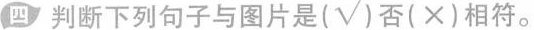
(四 判断下列句子与图片是(√)否(×)相符。